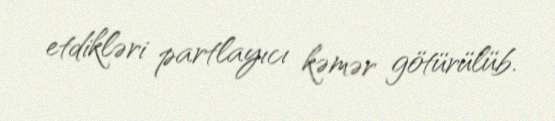
etdikləri partlayıcı kəmər götürülüb.